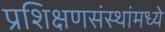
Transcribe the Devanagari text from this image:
प्रशिक्षणसंस्थांमध्ये